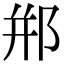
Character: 郱